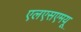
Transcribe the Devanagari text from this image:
एलएसएमयू